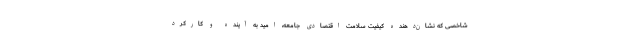
شاخصی که نشان‌دهنده کیفیت سلامت اقتصادی جامعه، امید به آینده و کارکرد